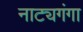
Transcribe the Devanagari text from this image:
नाट्यगंगा